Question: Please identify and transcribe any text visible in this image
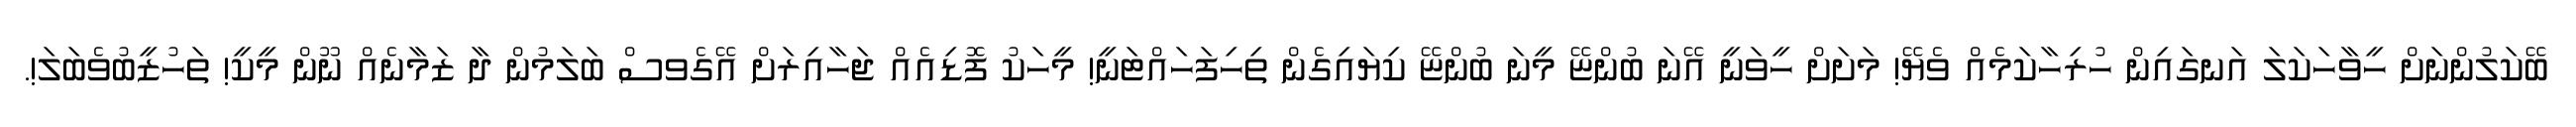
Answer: ބޭކަލުންނަށް ހީވާހަކަލަ އަނގައިން ހުރިހާކަމެއް ވެޔޭ! މަށަށް ހީވަނީ އޭނަ ބުންޏޭ މީނަ ބުންޏޭ ކިޔައިގެން ތިހިފަހައްޓަނީ! މީހަކު ފޮޑިއެއް ޖަހާއިރަށް އޭގެވސް ބަލަމުން ދާ ޒަމާނެއް ނޫން މީކީ! ތަހުޒީބުވެބަލަ!.